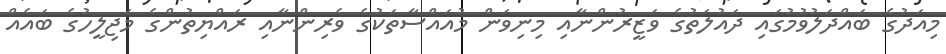
މިއަދުގެ ބައްދަލުވުމުގައި ދައުލަތުގެ ވަޒީރުންނާއި މިނިވަން މުއައްސާތަކުގެ ވެރިންނާއި ރައްޔިތުންގެ މަޖިލީހުގެ ބައެއް